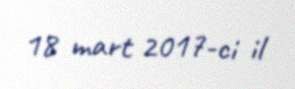
18 mart 2017-ci il